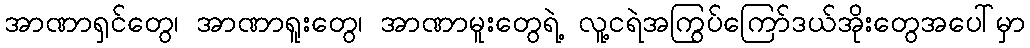
အာဏာရှင်တွေ၊ အာဏာရူးတွေ၊ အာဏာမူးတွေရဲ့ လူ့ငရဲအကြွပ်ကြော်ဒယ်အိုးတွေအပေါ်မှာ